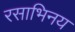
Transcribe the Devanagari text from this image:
रसाभिनय